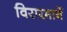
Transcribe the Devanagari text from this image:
विरारमार्गे